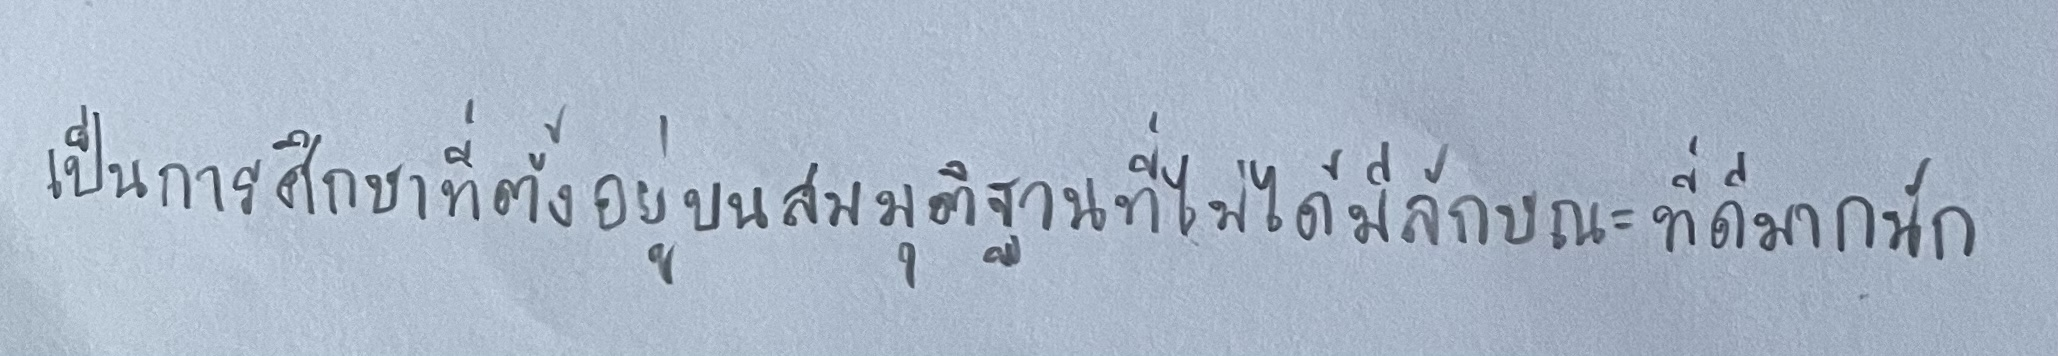
เป็นการศึกษาที่ตั้งอยู่บนสมมุติฐานที่ไม่ได้มีลักษณะที่ดีมากนัก